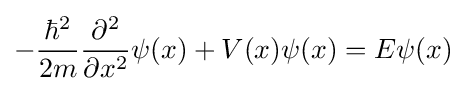
-{\hbar ^{2} \over 2m}{\partial ^{2} \over \partial x^{2}}\psi (x)+V(x)\psi (x)=E\psi (x)